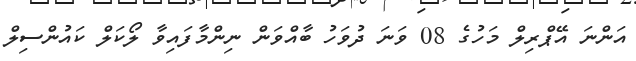
އަންނަ އޭޕްރިލް މަހުގެ 08 ވަނަ ދުވަހު ބާއްވަން ނިންމާފައިވާ ލޯކަލް ކައުންސިލް